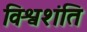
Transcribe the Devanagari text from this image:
विश्वशंति